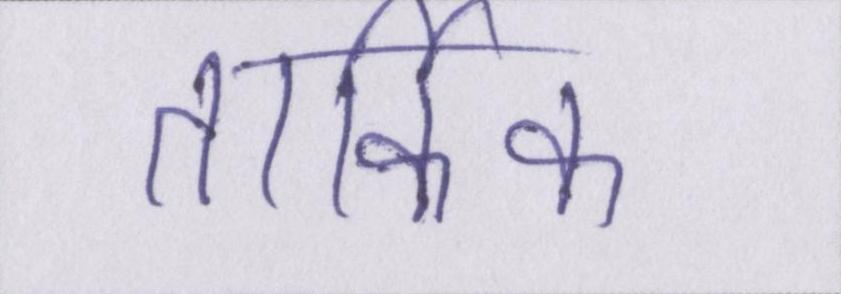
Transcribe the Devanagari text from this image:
तार्किक